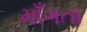
માઁગતા